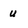
Character: u